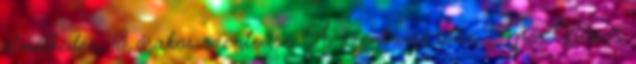
elmélkedés, 18 órakor szentmise. A szentmise után Apor Vilmos